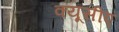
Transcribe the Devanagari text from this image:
क्यूसीए